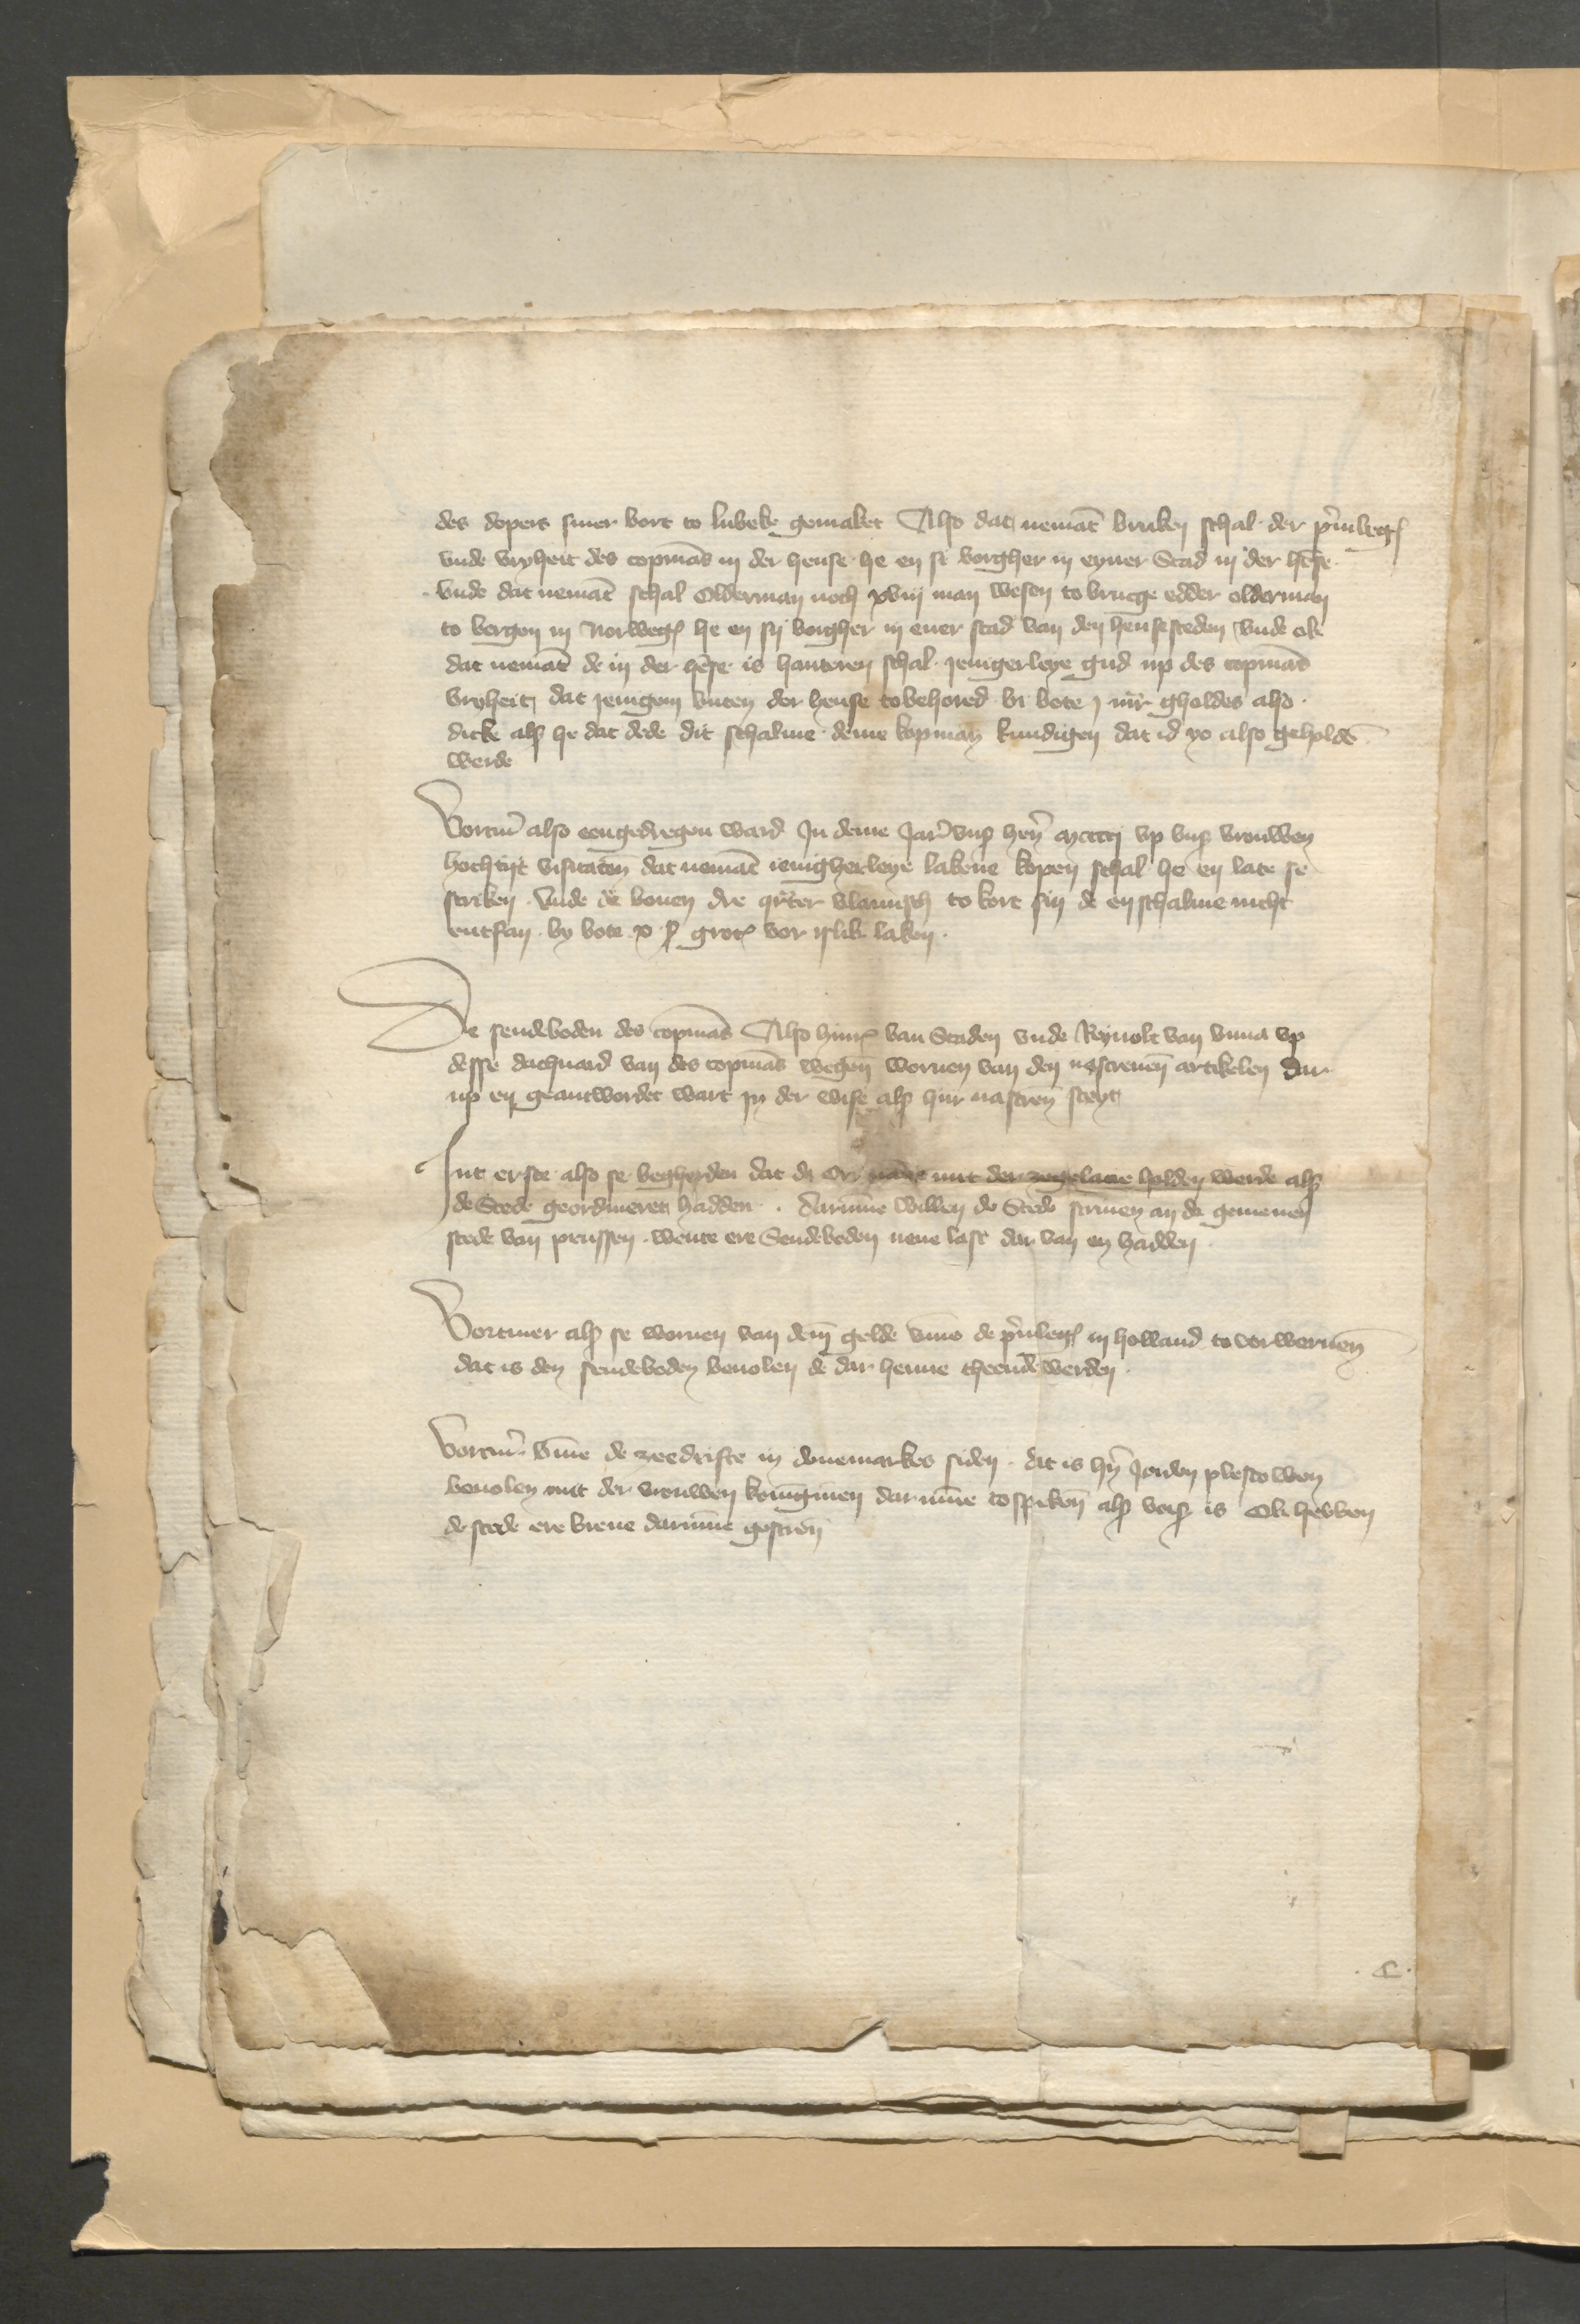
des dopers siner vort to Lubeke gemaket Also dat nemant bruken schal der priuilegien
vnde vryheit des Copmans in der hense he en si borgher in eyner Stad in der hense
vnde dat nememant schal Olderman noch xviij man wesen to Brucge edder olderman
to Bergen in Norwegen he en sy bogher in ener stad van den hensesteden vnde oke
dar nemant de in der here is hanteren schal ienigerleye gud vp des Copmans
vryheit, dat jenigen buten der hense tobehored bi bote j mark gholdes also
dicke als he dat dede dit schalme deme kopman kundigen dat id so also geholden
werde

Vortmer also eengedregen ward Jn deme Jare vnses heren mcccij vp vnse vrouwen
hochtyt visitaten dat nemant ienigherleye lakene kopen schal he en late se
striken vnde de bouen dre quarter vlamisch to kort sin de en schalme nicht
entfan by bote x s grote vor islik laken

De sendeboden des Copmans Also Hinrick van Staden vnde Rynolt von Vnna vp
desse dachuard van des Copmans wegen woruen van den nascreuenn artikelen dar
up en geantwordet wart in der wise als hir nascreuen steyt

Jnt erste alse se begherden dat de Ordinancien mit der zegelane holden werde als
de Stede geordineren hadden, darumme willen de Steden scriuen an de gemenen
stede van Prussen, wente ere Sendeboden nene last dar van en hadden

Vortmer als se weruen van deme gelde vmme de priuilegien in Holland to vorweruen
dat is den sendeboden beuolen de dar here henne theende werden

Vortmer vmme de zeedrifte in denemarkes siden, dat es heren Jorden Plescowen
beuolen mit der vrouwen koningen darumme to spreken als vorscreuen is Ok hebben
de stede ere breue darumme gescreuen